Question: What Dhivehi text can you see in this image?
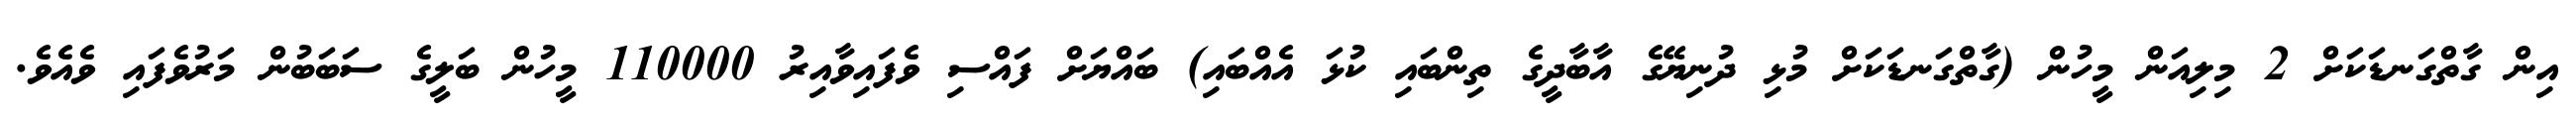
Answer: އިން ގާތްގަނޑަކަށް 2 މިލިއަން މީހުން (ގާތްގަނޑަކަށް މުޅި ދުނިޔޭގެ އާބާދީގެ ތިންބައި ކުޅަ އެއްބައި) ބައްޔަށް ފައްސި ވެފައިވާއިރު 110000 މީހުން ބަލީގެ ސަބަބުން މަރުވެފައި ވެއެވެ.